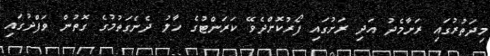
މިދަތުރުގައި ރަށާމެދު އަދި ރަށުގައި ފޯރުކޮށްދެވޭ ކަރަންޓުގެ ހާލު ދެނެގަތުމުގެ ގޮތުން ވަފްދުގައި